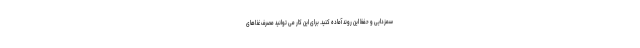
سمزدایی و حفظ این روند آماده کنید. برای این کار می توانید مصرف غذاهای